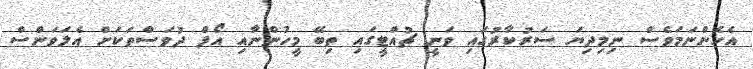
އެހެންނަމަވެސް ނިމިދިޔަ ސަރުކާރުގައި ވަނީ ޗުއްޓީގައި ތިބޭ މީހުންނާއި އޯފް ދުވަސްތަކަށް އެލަވަންސް